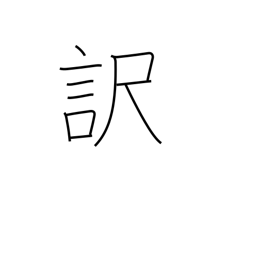
Meaning: reason